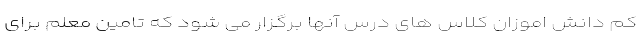
کم دانش اموزان کلاس های درس آنها برگزار می شود که تامین معلم برای